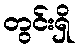
တွင်းရှိ